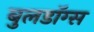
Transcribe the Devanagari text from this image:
बुलडॉग्‍स